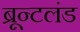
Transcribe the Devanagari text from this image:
ब्रून्टलंड